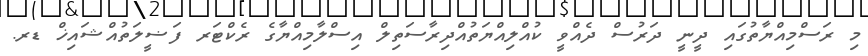
މި ރަސްމިއްޔާތުގައި ދީނީ ދަރުސް ދެއްވީ ކުއްލިއްޔަތުއްދިރާސަތިލް އިސްލާމިއްޔާގެ ރެކްޓަރ ފަޟީލަތުއްޝައިޚް ޑރ.